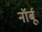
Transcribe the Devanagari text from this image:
नॉर्बू